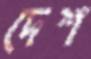
দেশ